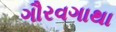
ગૌરવગાથા